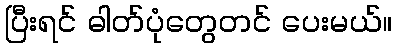
ပြီးရင် ဓါတ်ပုံတွေတင် ပေးမယ်။